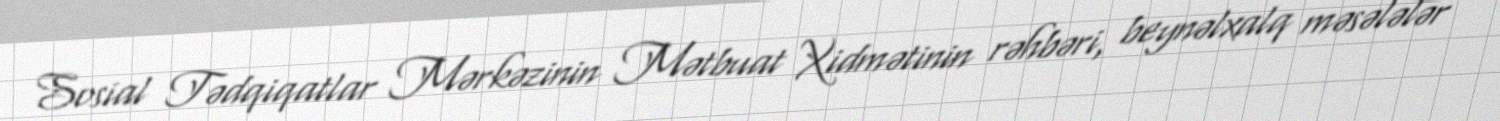
Sosial Tədqiqatlar Mərkəzinin Mətbuat Xidmətinin rəhbəri, beynəlxalq məsələlər